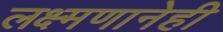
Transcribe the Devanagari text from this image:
लक्ष्मणानेही